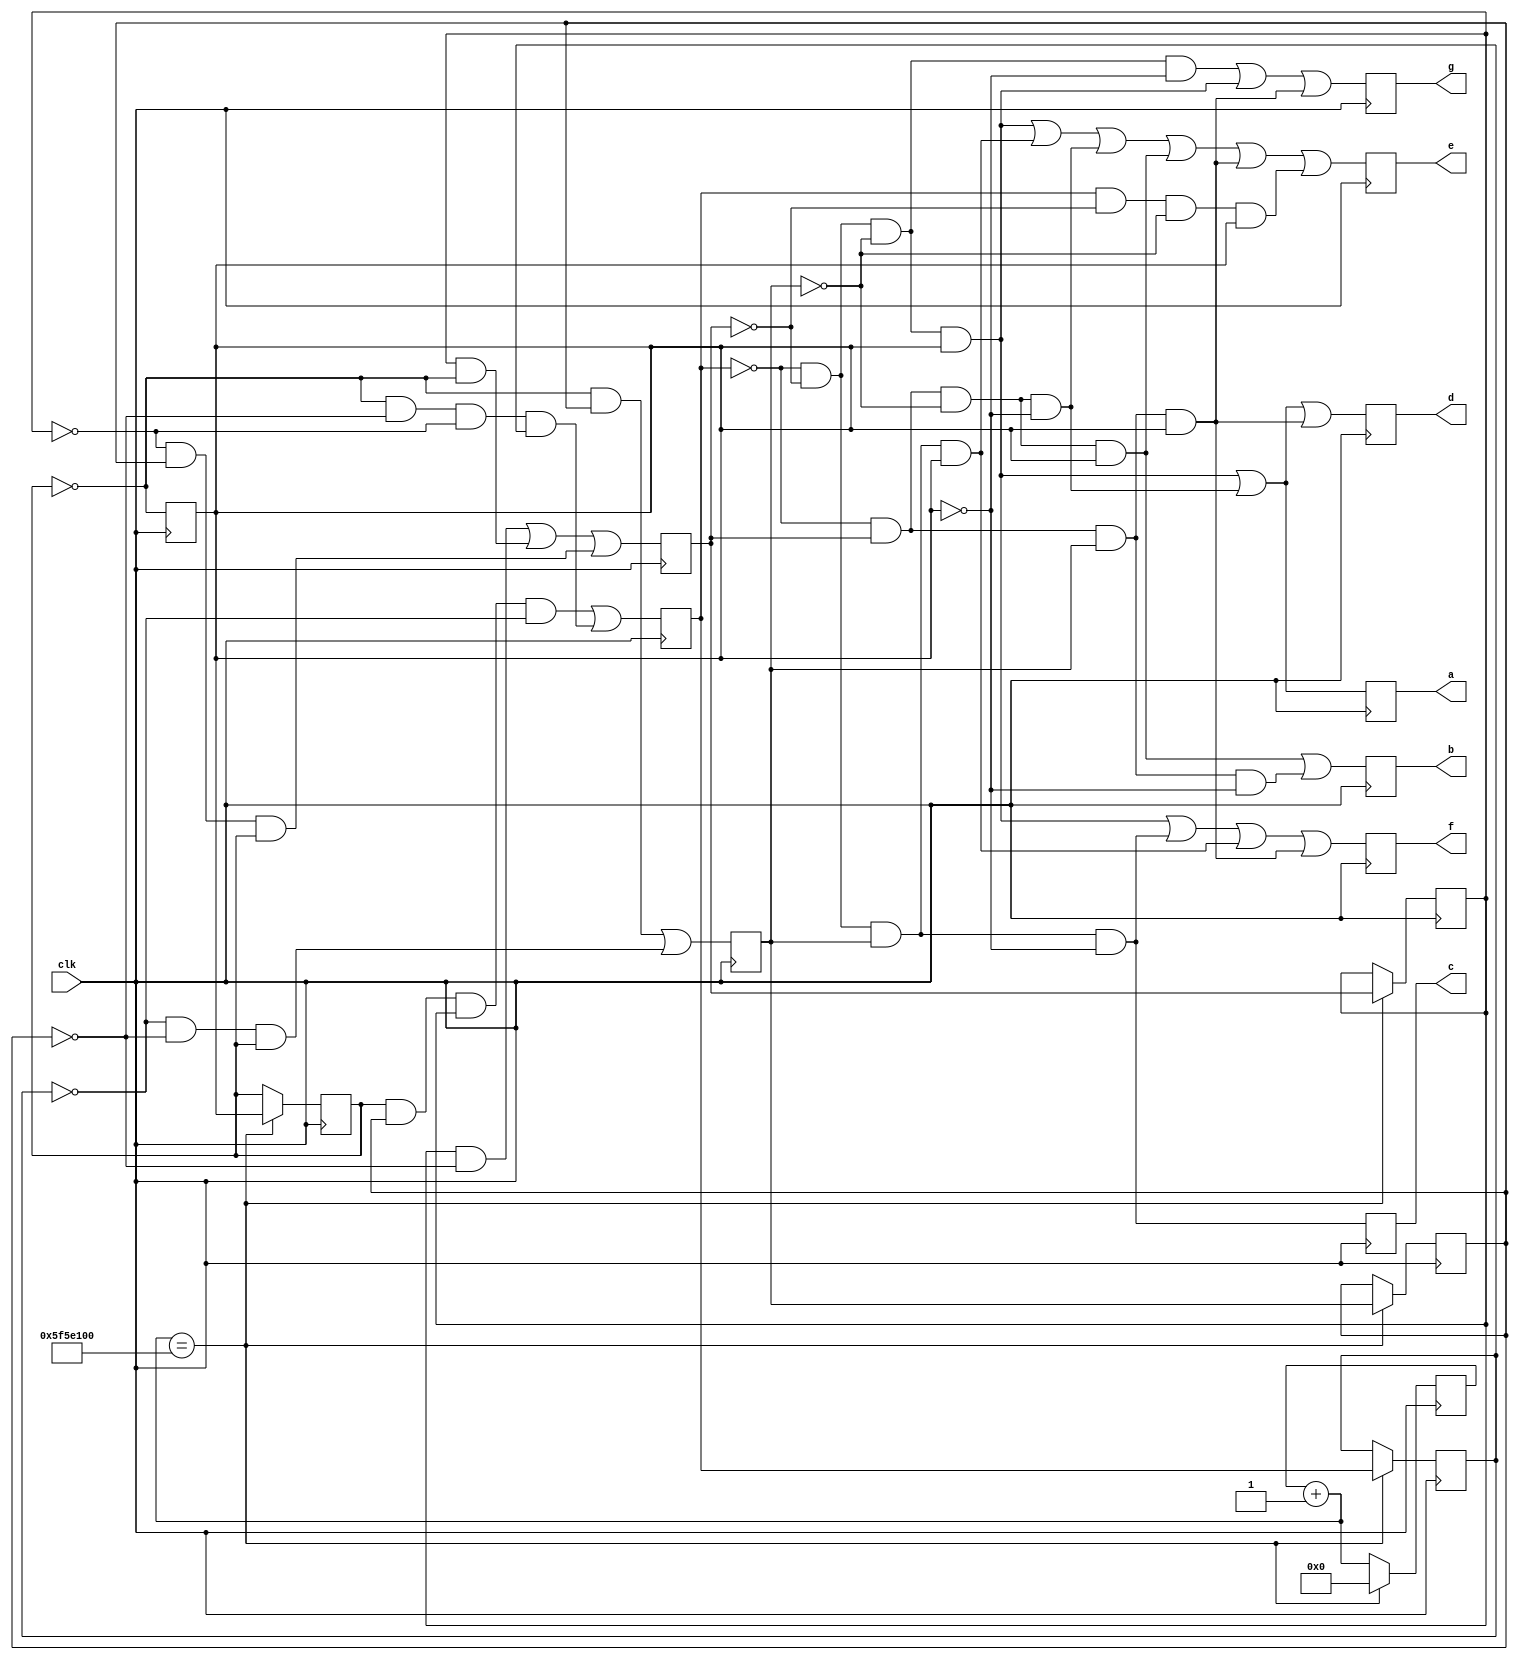
module display_decoder(input wire clk,output reg a,output reg b,output reg c,output reg d,output reg e,output reg f,output reg g);
reg A;
reg B;
reg C;
reg D;
reg W;
reg X;
reg Y;
reg Z;

reg[26:0] delay;

initial begin
W<=0;
X<=0;
Y<=0;
Z<=0;
end

always @(posedge clk) begin
a =(!D&!C&!B&A)|(!D&C&!B&!A);
b =(!D&C&!B&A)|(!D&C&B&!A) ;
c =(!D&!C&B&!A) ;
d =(!D&!C&!B&A)|(!D&C&!B&!A)|(!D&C&B&A) ;

e=(!D&!C&!B&A)|(!D&!C&B&A)|(!D&C&!B&!A)|(!D&C&!B&A)|(!D&C&B&A)|(D&!C&!B&A);
f=(!D&!C&!B&A)|(!D&!C&B&!A)|(!D&!C&B&A)|(!D&C&B&A) ;
g=(!D&!C&!B&!A)|(!D&!C&!B&A)|(!D&C&B&A) ;
D<=(W&X&Y&!Z)|(!W&!X&!Y&Z);
C<=(Y&!X)|(Y&!W)|(!Y&X&W) ;
B<=(!W&X)|(!Z&!X&W) ;
A<=!W;

delay = delay +1;
if(delay==27'b101111101011110000100000000)
begin
delay=27'b0;
W<=A;
X<=B;
Y<=C;
Z<=D;
end
end
endmodule